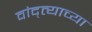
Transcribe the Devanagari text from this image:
वांद्त्‍याच्या